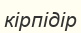
кірпідір